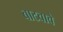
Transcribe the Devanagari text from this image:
बाटवावे